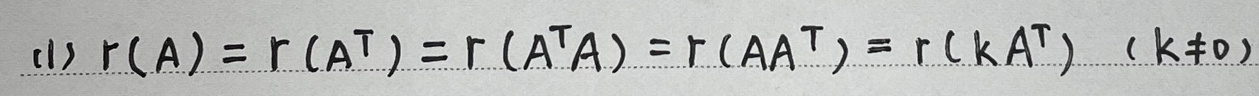
(1) \(r(A)=r(A^T)=r(A^TA)=r(AA^T)=r(kA^T)\ (k\neq0)\)